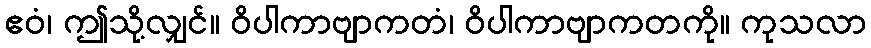
ဧဝံ၊ ဤသို့လျှင်။ ဝိပါကာဗျာကတံ၊ ဝိပါကာဗျာကတကို။ ကုသလာ